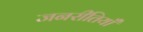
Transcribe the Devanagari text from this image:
जनरीतियाँ